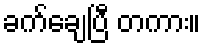
ခက်ချေပြီ တကား။